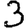
Digit: 3